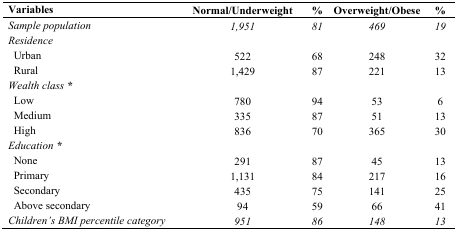
<table><thead><tr><td><b>Variables</b></td><td><b>Normal/Underweight</b></td><td><b>%</b></td><td><b>Overweight/Obese</b></td><td><b>%</b></td></tr></thead><tbody><tr><td><i>Sample population</i></td><td><i>1,951</i></td><td><i>81</i></td><td><i>469</i></td><td><i>19</i></td></tr><tr><td><i>Residence</i></td><td></td><td></td><td></td><td></td></tr><tr><td> Urban</td><td>522</td><td>68</td><td>248</td><td>32</td></tr><tr><td> Rural</td><td>1,429</td><td>87</td><td>221</td><td>13</td></tr><tr><td><i>Wealth class *</i></td><td></td><td></td><td></td><td></td></tr><tr><td> Low</td><td>780</td><td>94</td><td>53</td><td>6</td></tr><tr><td> Medium</td><td>335</td><td>87</td><td>51</td><td>13</td></tr><tr><td> High</td><td>836</td><td>70</td><td>365</td><td>30</td></tr><tr><td><i>Education *</i></td><td></td><td></td><td></td><td></td></tr><tr><td> None</td><td>291</td><td>87</td><td>45</td><td>13</td></tr><tr><td> Primary</td><td>1,131</td><td>84</td><td>217</td><td>16</td></tr><tr><td> Secondary</td><td>435</td><td>75</td><td>141</td><td>25</td></tr><tr><td> Above secondary</td><td>94</td><td>59</td><td>66</td><td>41</td></tr><tr><td><i>Children’s BMI percentile category</i></td><td><i>951</i></td><td><i>86</i></td><td><i>148</i></td><td><i>13</i></td></tr></tbody></table>